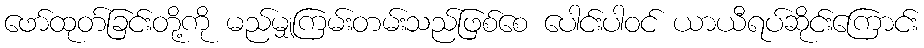
ဖော်ထုတ်ခြင်းတို့ကို မည်မျှကြမ်းတမ်းသည်ဖြစ်စေ ပေါင်းပါဝင် ယာယီရပ်ဆိုင်းကြောင်း